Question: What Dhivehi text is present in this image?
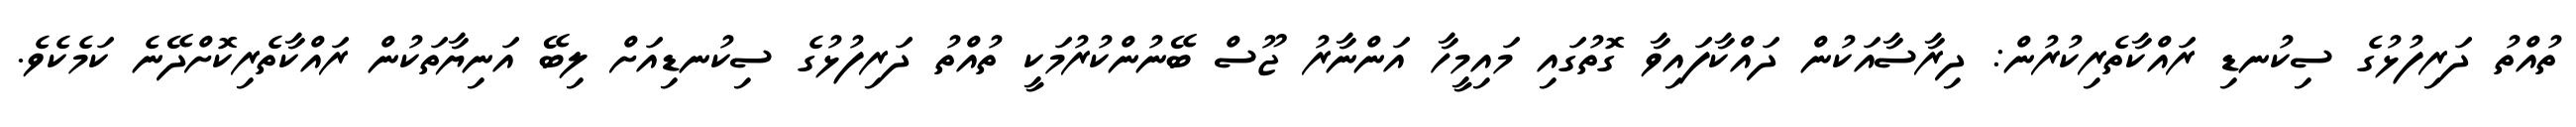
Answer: ތުއްތު ދަރިފުޅުގެ ސިކުނޑި ރައްކާތެރިކުރުން: ދިރާސާއަކުން ދައްކާފައިވާ ގޮތުގައި މައިމީހާ އަންނާރު ޖޫސް ބޭނުންކުރުމަކީ ތުއްތު ދަރިފުޅުގެ ސިކުނޑިއަށް ލިބޭ އަނިޔާތަކުން ރައްކާތެރިކޮށްދޭނެ ކަމެކެވެ.